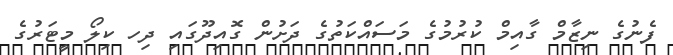
ފެނުގެ ނިޒާމް ގާއިމް ކުރުމުގެ މަސައްކަތުގެ ދަށުން ގޮއިދޫގައި ދިހ ކިލޯ މީޓަރުގެ